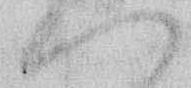
へ